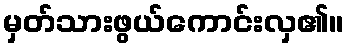
မှတ်သားဖွယ်ကောင်းလှ၏။